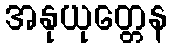
အနုယုတ္တေန